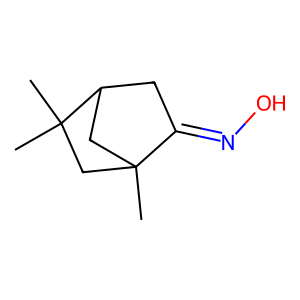
SMILES: CC12CC(CC1=NO)C(C)(C)C2
Inhibits HIV replication: No